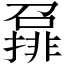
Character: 𡀪